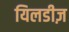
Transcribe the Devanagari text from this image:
यिलडीज़